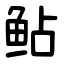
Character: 鲇